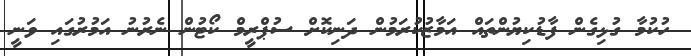
ހުކުމާ ގުޅިގެން ފާޑުކިޔުންތައް އަމާޒުކުރަމުން ދަނިކޮށް ސުޕްރީމް ކޯޓުން ނެރުނު އަމުރުގައި ވަނީ